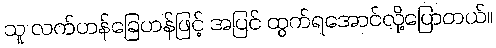
သူ လက်ဟန်ခြေဟန်ဖြင့် အပြင် ထွက်ရအောင်လို့ပြောတယ်။